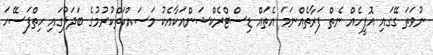
ނުވަތަ ގޭގައި އޮފީހެއް ނެތް ފަރާތެއްނަމަ އެތައް ޑިސްޓްރެކްޝަންއަކާއެކު މަސައްކަތްކުރުމުގެ ބަދަލުގައި ހިތްފަސޭހަ